Report of the Hyderabad Chloroform Commission
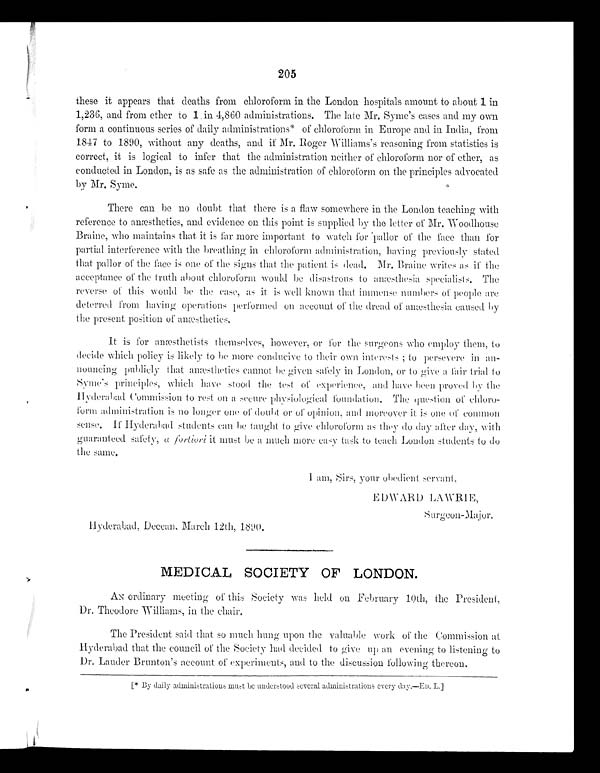
205
these it appears that deaths from chloroform in the London hospitals amount to about 1 in
1,236, and from ether to 1.i n - 4 , 8 6 0 a d m i n i s t r a t i o n s . T h e l a t e M r . S y m e ' s c a s e s a n d m y o w n
form a continuous series of daily administrations* of chloroform in Europe and in India, from
1847 to 1890, without any deaths, and if Mr. Roger Williams's reasoning from statistics is
correct, it is logical to infer that the administration neither of chloroform nor of ether, as
conducted in London, is as safe as the administration of chloroform on the principles advocated
by Mr. Syme.
There can be no doubt that there is a flaw somewhere in the London teaching with
reference to anæsthetics, and evidence on this point is supplied by the letter of Mr. Woodhouse
Braine, who maintains that it is far more important to watch for 'pallor of the face than for
partial interference with the breathing in chloroform administration, having previously stated
that pallor of the face is one of the signs that the patient is dead, Mr. Braille -writes as if the
acceptance of the truth about chloroform would be disastrous to anæsthesia specialists. The
reverse of this would be the case, as it is well known that immense numbers of people are
deterred from having operations performed on account of the dread of anæsthesia caused by
the present position of anæsthetics.
It is for anesthetists themselves, however, or for the surgeons who employ them, to
decide which policy is likely to be more conducive to their own interests ; to persevere in an-
nouncing publicly that anæsthetics cannot be given safely in London, or to a fair trial to
syme's principles, which have stood the test of experience, ;and have been proved by the
IIyderabad Commission to rest on a secure physiological foundation. The question of chloro-
form administration is no longer one of doubt or of opinion, and moreover it is one of common
sense. If Hyderabad students can be taught to give chloroform as they do day after day, with
guaranteed safety, a forliori it must be a much more easy task to teach Loudon students to do
the same.
Hyderabad, Deccan, March 12th, 1890.
MEDICAL SOCIETY OF LONDON.
AN ordinary meeting of this Society was held on February 10th, the President,
Dr. Theodore Williams, in the chair.
The President sail that so much hung upon the valuable work of the Commission at
Hyderabad that the council of the Society- had decided to give up an evening to listening to
Dr. Lauder Brunton's account of experiments, and to the discussion following thereon.
[*By daily administrations must be understood several administrations every day.—ED. L.]